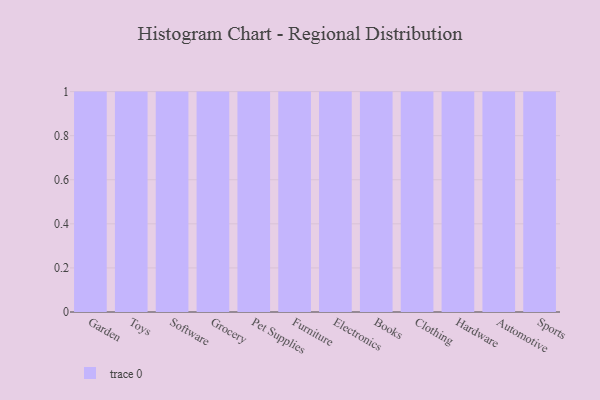
{"axis": {"x": "Category", "y": "Humidity (%)"}, "legend": [""], "data": [{"x": "Garden", "y": 19, "type": ""}, {"x": "Toys", "y": 57, "type": ""}, {"x": "Software", "y": 13, "type": ""}, {"x": "Grocery", "y": 65, "type": ""}, {"x": "Pet Supplies", "y": 7, "type": ""}, {"x": "Furniture", "y": 21, "type": ""}, {"x": "Electronics", "y": 60, "type": ""}, {"x": "Books", "y": 60, "type": ""}, {"x": "Clothing", "y": 53, "type": ""}, {"x": "Hardware", "y": 17, "type": ""}, {"x": "Automotive", "y": 89, "type": ""}, {"x": "Sports", "y": 30, "type": ""}]}